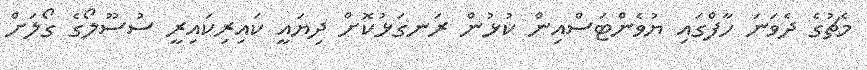
މެޗުގެ ދެވަނަ ހާފްގައި ޔުވެންޓަސްއިން ކުޅުން ރަނގަޅުކޮށް ދިޔައީ ކައިރިކައިރީ ސުސޫލޯގެ ގޯލަށް